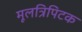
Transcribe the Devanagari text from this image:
मूलत्रिपिटक